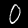
Label: 0